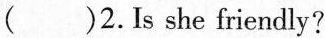
( )2.Is she friendly?